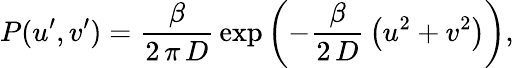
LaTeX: P(u^{\prime},v^{\prime})=\frac{\beta}{2\, \pi\, D}\, \exp{\left(-\frac{\beta}{2\, D}\, \left(u^{2}+v^{2}\right)\right)},